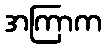
အကြာက